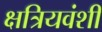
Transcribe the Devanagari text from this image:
क्षत्रियवंशी